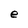
Character: e